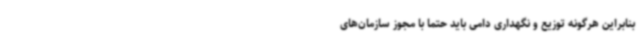
بنابراین هرگونه توزیع و نگهداری دامی باید حتماً با مجوز سازمان‌های